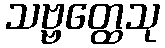
သဗ္ဗတ္ထေသု